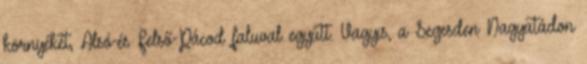
környékét, Alsó-és Felső-Pácod faluval együtt. Vagyis, a Segesden Nagyatádon